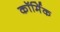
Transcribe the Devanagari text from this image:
कॉर्मिक